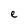
Character: e